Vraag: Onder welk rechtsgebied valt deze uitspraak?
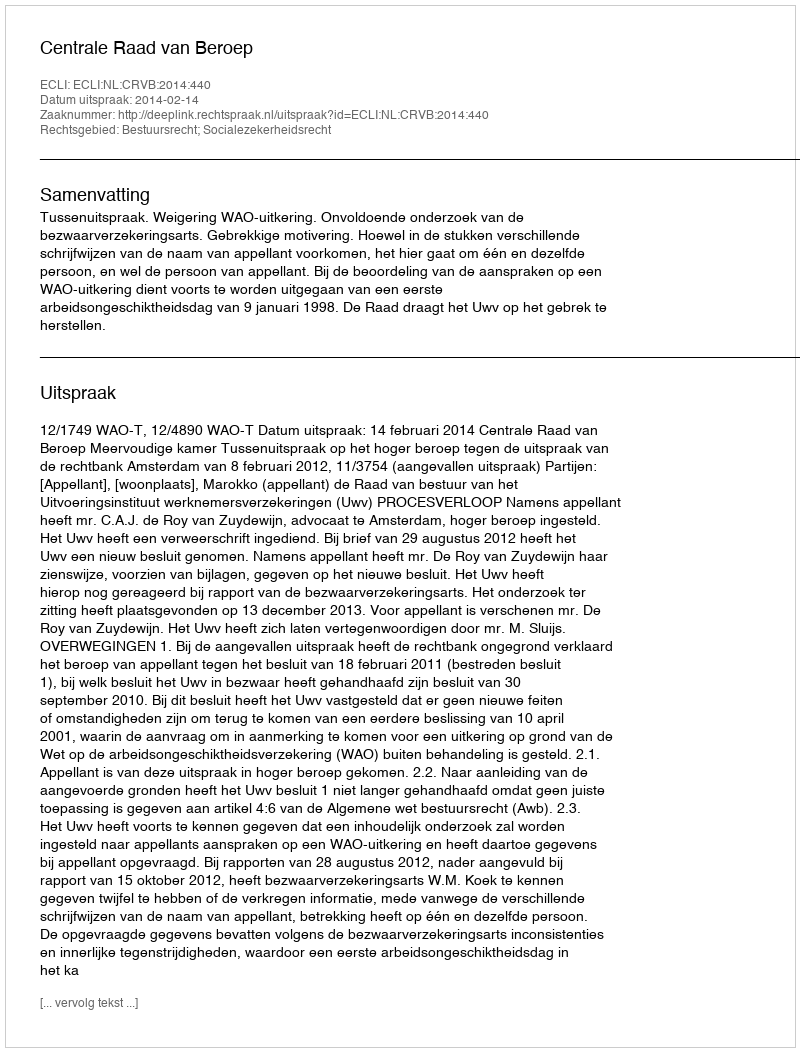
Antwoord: Bestuursrecht; Socialezekerheidsrecht